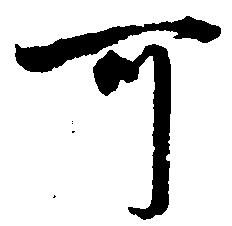
可